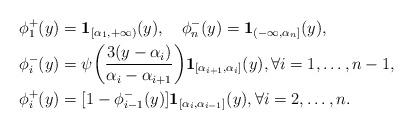
LaTeX: \begin{align*}&\phi_1^+(y)=\mathbf{1}_{[\alpha_1,+\infty)}(y),\quad\phi_n^-(y)=\mathbf{1}_{(-\infty,\alpha_n]}(y),\\&\phi_i^-(y)=\psi\bigg(\frac{3(y-\alpha_i)}{\alpha_i-\alpha_{i+1}}\bigg)\mathbf{1}_{[\alpha_{i+1},\alpha_i]}(y),\forall i=1,\ldots,n-1,\\&\phi_i^+(y)=[1-\phi_{i-1}^-(y)]\mathbf{1}_{[\alpha_i,\alpha_{i-1}]}(y),\forall i=2,\ldots,n.\end{align*}